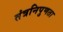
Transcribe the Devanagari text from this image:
तंत्रनिपुणता